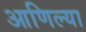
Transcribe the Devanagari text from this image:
आणिल्या